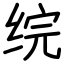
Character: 𬘫